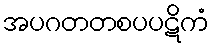
အပဂတတစပပဋိကံ